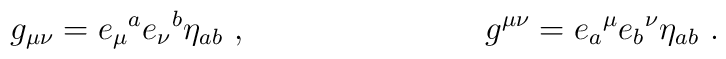
g_{\mu\nu} = e_\mu{}^ae_\nu{}^b\eta_{ab}\ ,\hskip 3truecm g^{\mu\nu}=e_a{}^\mu e_b{}^\nu\eta_{ab}\ .